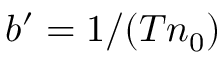
b ^ { \prime } = 1 / ( T n _ { 0 } )